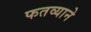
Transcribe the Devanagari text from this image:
फतव्याने